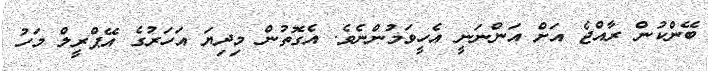
ބޭންކުން ރާއްޖެ އަށް އަންނަނީ އެހީވަމުންނެވެ. އެގޮތުން މިދިޔަ އަހަރުގެ އޭޕްރީލް މަހު